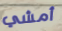
أمشي